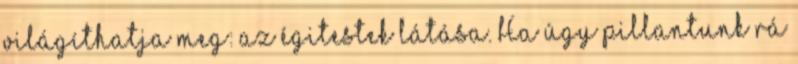
világíthatja meg: az égitestek látása. Ha úgy pillantunk rá